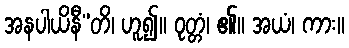
အနပါယိနီ”တိ၊ ဟူ၍။ ဝုတ္တံ၊ ၏။ အယံ၊ ကား။